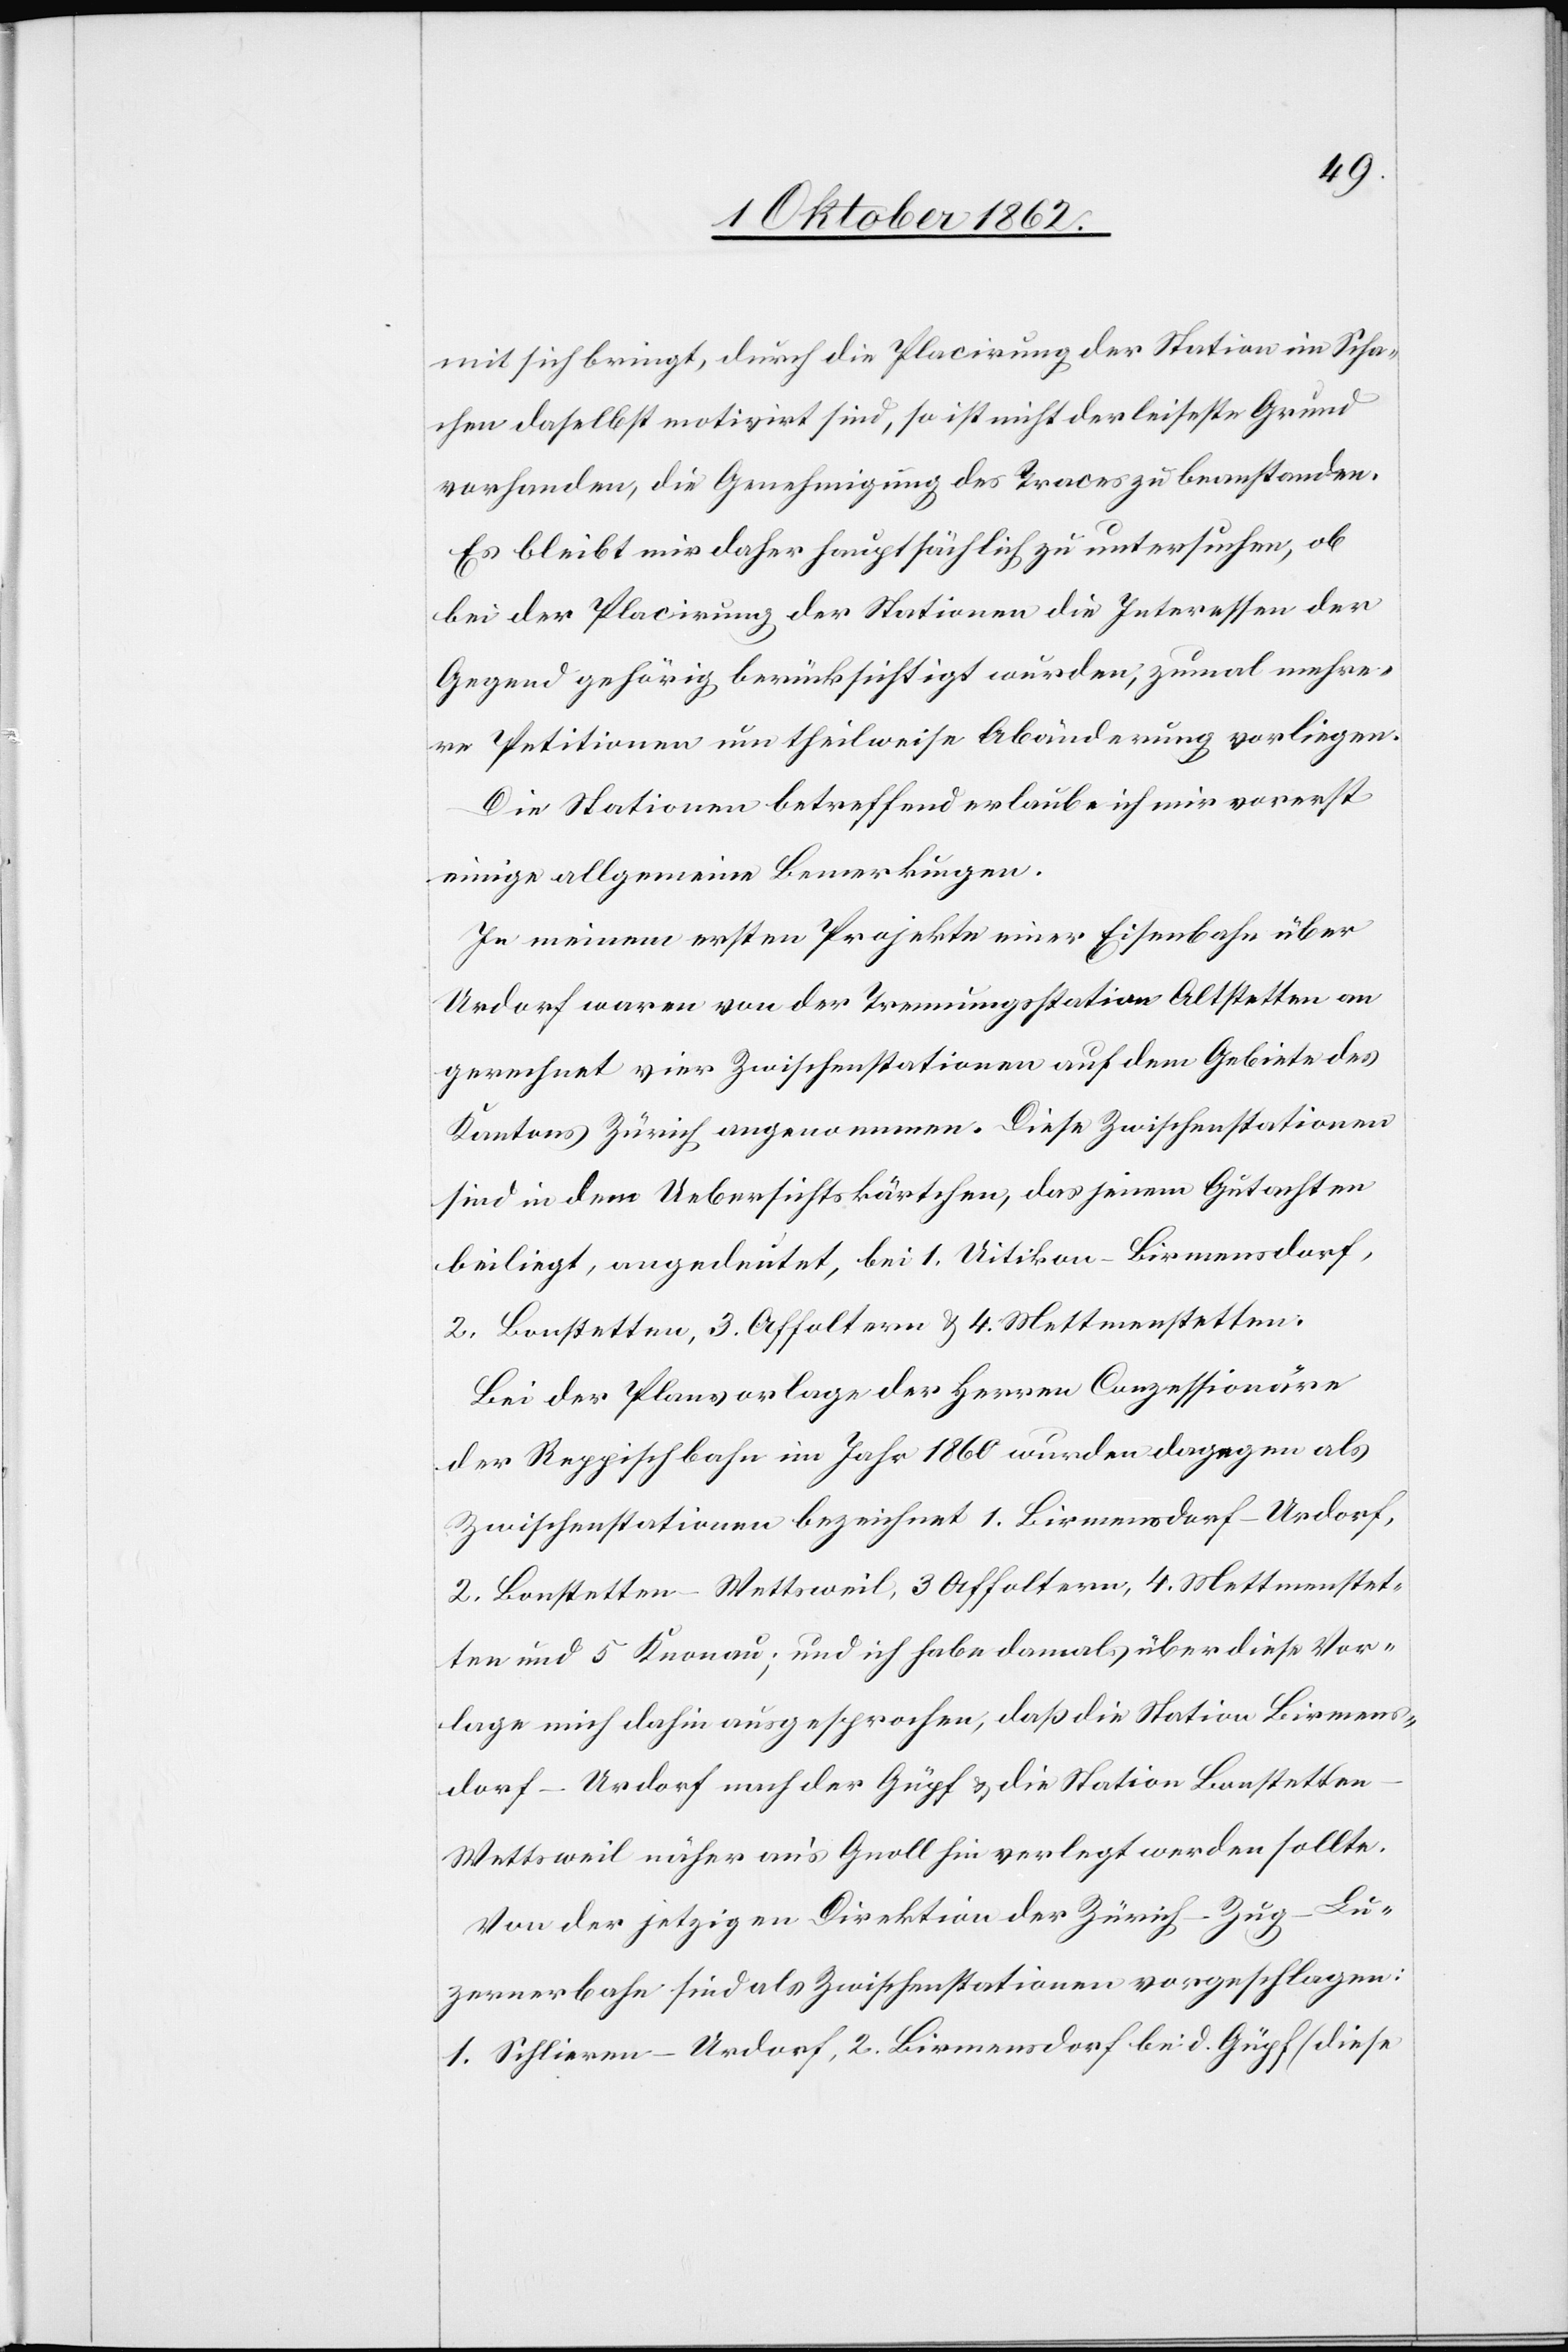
mit sich bringt, durch die Placirung der Station in Scha¬
chen daselbst motivirt sind, so ist nicht der leiseste Grund
vorhanden, die Genehmigung des Traces zu beanstanden.
Es bleibt mit daher hauptsächlich zu untersuchen, ob
bei der Placirung der Stationen die Interessen der
Gegend gehörig berücksichtigt wurden, zumal mehre¬
re Petitionen um theilweise Abänderung vorliegen.
Die Stationen betreffend erlaube ich mir vorerst
einige allgemeine Bemerkungen.
In meinem ersten Projekte einer Eisenbahn über
Urdorf waren von der Trennungsstation Altstetten an
gerechnet vier Zwischenstationen auf dem Gebiete des
Kantons Zürich angenommen. Diese Zwischenstationen
sind in den Uebersichtskärtchen, das jenem Gutachten
beiliegt, angedeutet, bei 1. Uitikon-Birmensdorf,
2. Bonstetten, 2. Affoltern u. 4. Mettmenstetten.
Bei der Planvorlage der Herren Conzessionäre
der Reppischbahn im Jahr 1860 wurden dagegen als
Zwischenstationen bezeichnet 1. Birmensdorf-Urdorf,
2. Bonstetten-Wettsweil, 3. Affoltern, 4. Mettmenstet¬
ten und 5. Knonau; und ich habe damals über diese Vor¬
lage nicht dahin ausgesprochen, daß die Station Birmens¬
dorf-Urdorf nach der Güpf u. die Station Bonstette¬
n-Wettsweil näher an’s Gnoll hin verlegt werden sollte.
Von der jetzigen Direktion der Zürich–Zug–Lu¬
zernerbahn sind also Zwischenstationen vorgeschlagen:
1. Schlieren-Urdorf, 2. Birmensdorf bei d. Gypf (diese